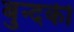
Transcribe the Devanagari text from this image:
बुन्दकी